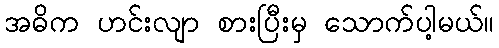
အဓိက ဟင်းလျာ စားပြီးမှ သောက်ပါ့မယ်။